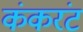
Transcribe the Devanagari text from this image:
कंकरंट